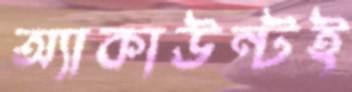
অ্যাকাউন্টই